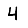
Digit: 4